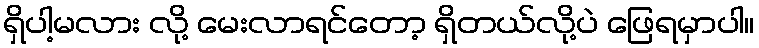
ရှိပါ့မလား လို့ မေးလာရင်တော့ ရှိတယ်လို့ပဲ ဖြေရမှာပါ။